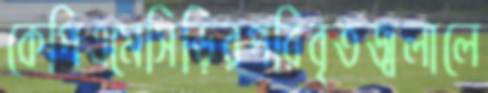
কেপিএমেসিড়িরপরিবৃতজ্বলালে